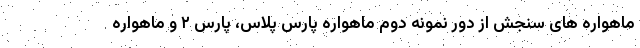
ماهواره های سنجش از دور نمونه دوم ماهواره پارس پلاس، پارس ۲ و ماهواره